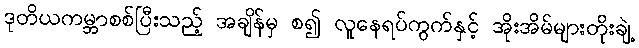
ဒုတိယကမ္ဘာစစ်ပြီးသည့် အချိန်မှ စ၍ လူနေရပ်ကွက်နှင့် အိုးအိမ်များတိုးချဲ့